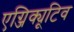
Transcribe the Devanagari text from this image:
एग्जिक्यूटिव